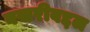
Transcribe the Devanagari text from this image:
बखरीबद्दल